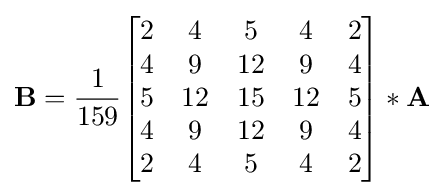
\mathbf {B} ={\frac {1}{159}}{\begin{bmatrix}2&4&5&4&2\\4&9&12&9&4\\5&12&15&12&5\\4&9&12&9&4\\2&4&5&4&2\end{bmatrix}}*\mathbf {A}